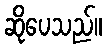
ဆိုပေသည်။